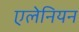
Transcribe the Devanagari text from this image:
एलेनियन